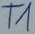
Text: T1